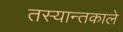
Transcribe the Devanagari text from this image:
तस्यान्तकाले